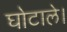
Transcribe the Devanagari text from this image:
घोटाले।